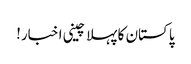
پاکستان کا پہلا چینی اخبار!